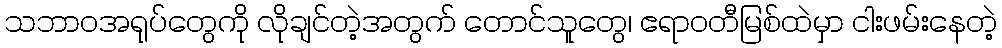
သဘာဝအရုပ်တွေကို လိုချင်တဲ့အတွက် တောင်သူတွေ၊ ဧရာဝတီမြစ်ထဲမှာ ငါးဖမ်းနေတဲ့